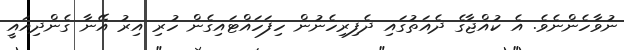
ނުވާހެންނެވެ. އެ ކުއްޖާގެ ދެއަތުގައި ދެފިރިހެނުން ހިފަހައްޓައިގެން ހުރި އިރު އޭނާ ގެންދިއައީ